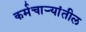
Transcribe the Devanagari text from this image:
कर्मचार्‍यांतील